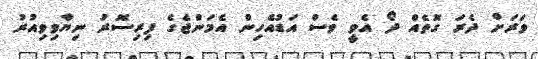
ވަރަށް ދެރަ ގޮތެއް ދޯ އެވީ ވެސް އަޑުއެހިން އެމަންޖެގެ ފިރިސޮރު ނިޔާވިވިއުރު